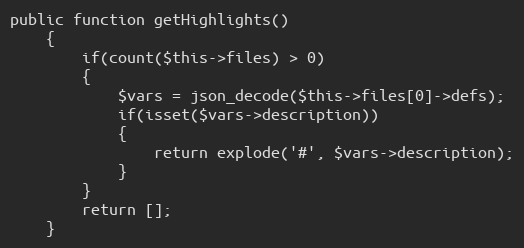
Language: PHP
public function getHighlights()
    {
        if(count($this->files) > 0)
        {
            $vars = json_decode($this->files[0]->defs);
            if(isset($vars->description))
            {
                return explode('#', $vars->description);
            }
        }
        return [];
    }